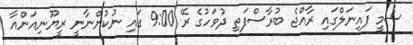
ސެމީ ފައިނަލްގައި ރާއްޖެ ބުރާސްފަތި ދުވަހުގެ ރޭ 9:00 ގައި ނުކުންނާނީ ރީޔޫނިއަންއާ